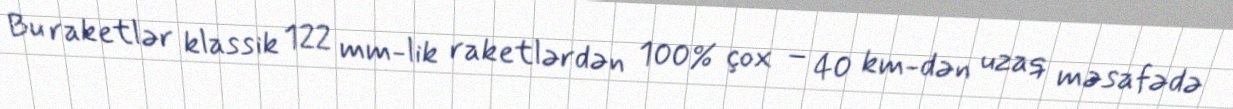
Bu raketlər klassik 122 mm-lik raketlərdən 100% çox – 40 km-dən uzaq məsafədə